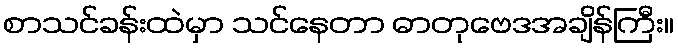
စာသင်ခန်းထဲမှာ သင်နေတာ ဓာတုဗေဒအချိန်ကြီး။